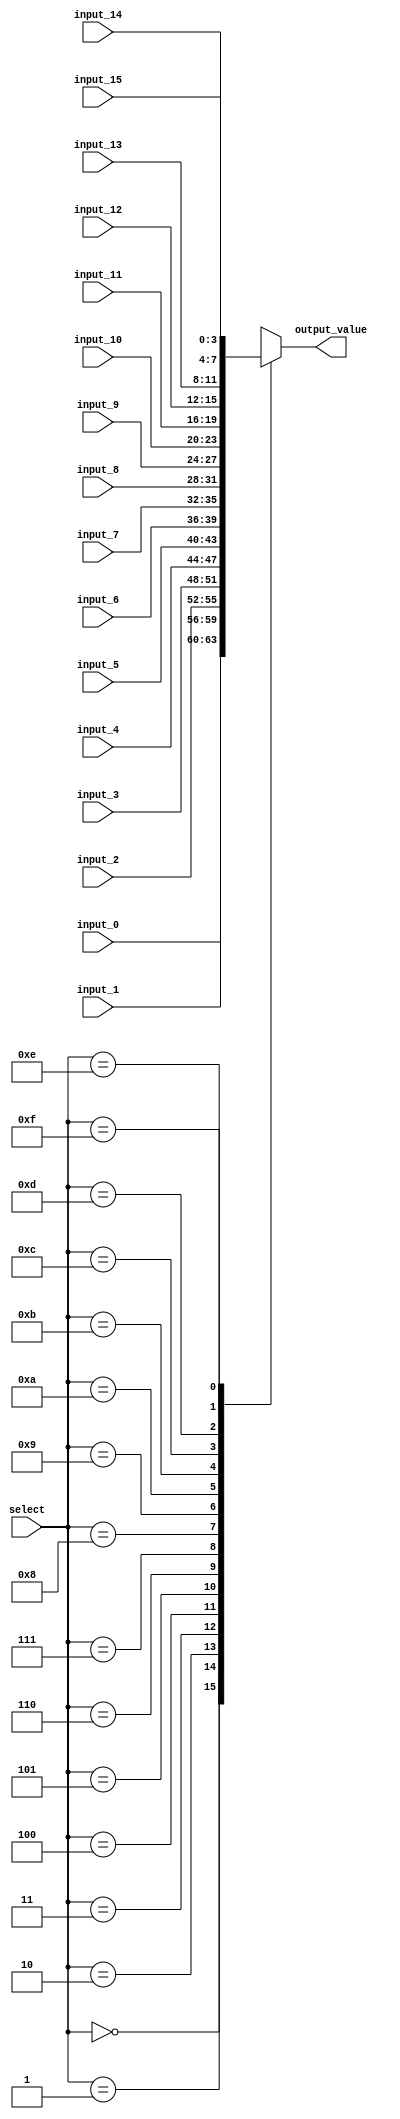
module Mux_16to1 #(parameter WIDTH=4)
    (
	  input [3:0] select,
	  input [WIDTH-1:0] input_0, input_1, input_2, input_3, input_4, input_5, input_6, input_7, input_8, input_9, input_10, input_11, input_12, input_13, input_14, input_15,
      output reg [WIDTH-1:0] output_value
    );

always@(*) begin
	case(select)
		4'b0000:output_value = input_0;
		4'b0001:output_value = input_1;
		4'b0010:output_value = input_2;
		4'b0011:output_value = input_3;
		
		4'b0100:output_value = input_4;
		4'b0101:output_value = input_5;
		4'b0110:output_value = input_6;
		4'b0111:output_value = input_7;
		
		4'b1000:output_value = input_8;
		4'b1001:output_value = input_9;
		4'b1010:output_value = input_10;
		4'b1011:output_value = input_11;
		
		4'b1100:output_value = input_12;
		4'b1101:output_value = input_13;
		4'b1110:output_value = input_14;
		4'b1111:output_value = input_15;
		
		default: output_value = {WIDTH{1'b0}};
	endcase
end

endmodule